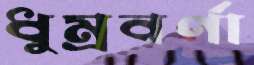
ধুম্রবর্ণা